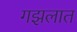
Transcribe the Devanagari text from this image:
गझलात